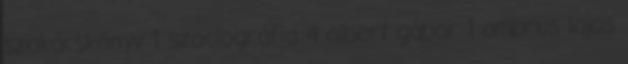
szakácskönyv 1 szociográfia 4 albert gábor 1 ambrus lajos